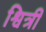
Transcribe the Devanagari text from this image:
श्वित्री